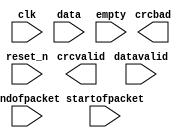
// Generated by CRC Compiler 11.0 [Altera, IP Toolbench 1.3.0 Build 157]
// ************************************************************
// THIS IS A WIZARD-GENERATED FILE. DO NOT EDIT THIS FILE!
// ************************************************************
// Copyright (C) 1991-2011 Altera Corporation
// Any megafunction design, and related net list (encrypted or decrypted),
// support information, device programming or simulation file, and any other
// associated documentation or information provided by Altera or a partner
// under Altera's Megafunction Partnership Program may be used only to
// program PLD devices (but not masked PLD devices) from Altera.  Any other
// use of such megafunction design, net list, support information, device
// programming or simulation file, or any other related documentation or
// information is prohibited for any other purpose, including, but not
// limited to modification, reverse engineering, de-compiling, or use with
// any other silicon devices, unless such use is explicitly licensed under
// a separate agreement with Altera or a megafunction partner.  Title to
// the intellectual property, including patents, copyrights, trademarks,
// trade secrets, or maskworks, embodied in any such megafunction design,
// net list, support information, device programming or simulation file, or
// any other related documentation or information provided by Altera or a
// megafunction partner, remains with Altera, the megafunction partner, or
// their respective licensors.  No other licenses, including any licenses
// needed under any third party's intellectual property, are provided herein.

module check_ip (
	clk,
	data,
	datavalid,
	empty,
	endofpacket,
	reset_n,
	startofpacket,
	crcbad,
	crcvalid);

	input		clk;
	input	[127:0]	data;
	input		datavalid;
	input	[3:0]	empty;
	input		endofpacket;
	input		reset_n;
	input		startofpacket;
	output		crcbad;
	output		crcvalid;
endmodule